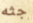
جثه